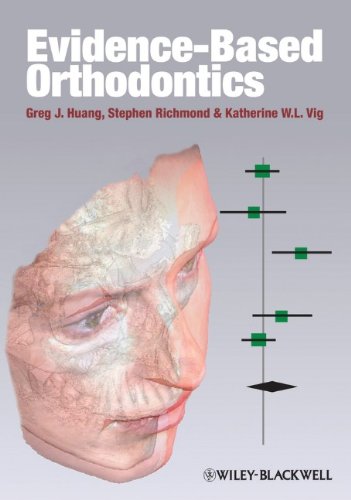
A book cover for Evidence-Based Orthodontics; Medical Books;